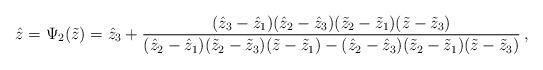
LaTeX: \begin{align*}\hat z=\Psi_2(\tilde z)= \hat z_3+\frac{(\hat z_3-\hat z_1)(\hat z_2-\hat z_3)(\tilde z_2-\tilde z_1)(\tilde z-\tilde z_3)}{(\hat z_2-\hat z_1)(\tilde z_2-\tilde z_3)(\tilde z-\tilde z_1)-(\hat z_2-\hat z_3)(\tilde z_2-\tilde z_1)(\tilde z-\tilde z_3)}\,,\end{align*}